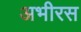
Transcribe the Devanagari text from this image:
अभीरस